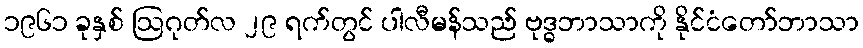
၁၉၆၁ ခုနှစ် ဩဂုတ်လ ၂၉ ရက်တွင် ပါလီမန်သည် ဗုဒ္ဓဘာသာကို နိုင်ငံတော်ဘာသာ